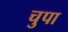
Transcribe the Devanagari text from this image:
चुपा